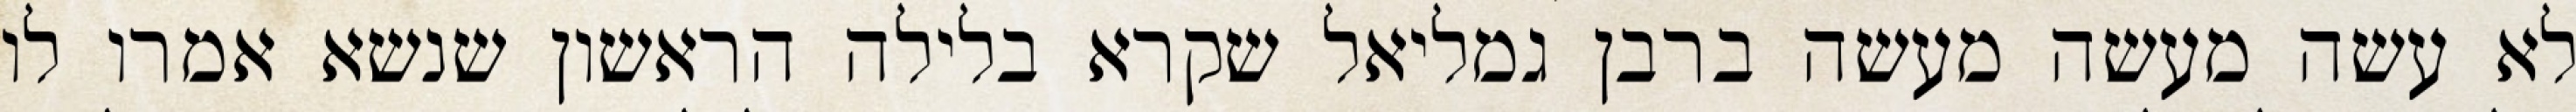
לא עשה מעשה מעשה ברבן גמליאל שקרא בלילה הראשון שנשא אמרו לו